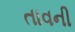
તાવની